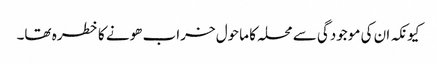
کیونکہ ان کی موجودگی سے محلہ کا ماحول خراب ھونے کا خطرہ تھا۔